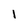
Character: l